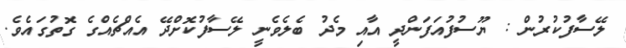
ލޭސާފުކުރުން : ޔޫސުފުއަފަންދީ އާއި މެދު ބެލެވެނީ ލޭސާފުކޮށްދޭ އެއްޗެއްގެ ގޮތުގައެވެ.